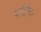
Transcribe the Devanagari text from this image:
काँट्रॅक्टर